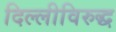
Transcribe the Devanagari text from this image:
दिल्लीविरुद्ध